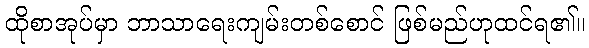
ထိုစာအုပ်မှာ ဘာသာရေးကျမ်းတစ်စောင် ဖြစ်မည်ဟုထင်ရ၏။